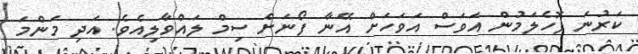
ކަރުނަ ފޮހެލަމުން އަވަސް އަވަހަށް އޭނާ ފޯނަށް ސިމް ލައްވާލިއެވެ. އަދި މަންމަ